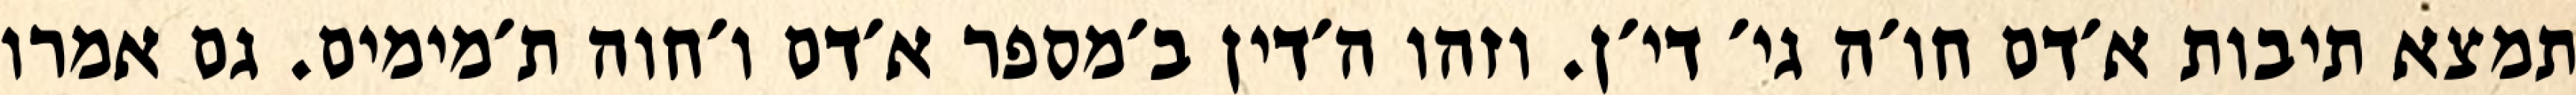
תמצא תיבות א׳דם חו׳ה גי׳ די׳ן. וזהו ה׳דין ב׳מספר א׳דם ו׳חוה ת׳מימים. גם אמרו